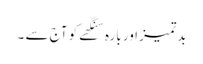
بدتمیز اور بارہ سنگھے کو آج سے ۔